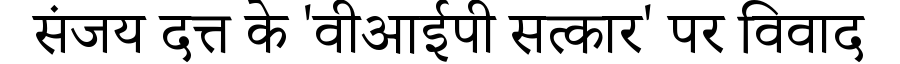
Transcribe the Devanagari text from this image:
संजय दत्त के 'वीआईपी सत्कार' पर विवाद